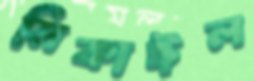
মিকাঈল